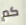
كم